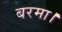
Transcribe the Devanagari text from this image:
बरमा।